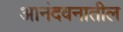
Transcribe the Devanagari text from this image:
आनंदवनातील